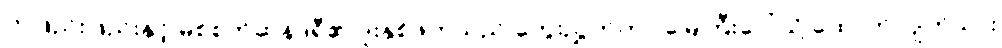
တဖြည်းဖြည်းနှင့် မစ်စက်ဆန်ဒရီ၏ ဒူးနှစ်ဖက်သည် ကွေးညွှတ်ကာ မြေကြီးပေါ်သို့ ထောက်လျက်သား